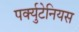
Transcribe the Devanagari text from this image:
पर्क्युटेनियस